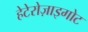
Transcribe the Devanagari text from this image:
हेटेरोज़ाइगोट